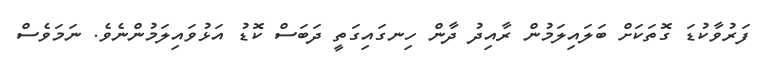
ފަރުވާކުޑަ ގޮތަކަށް ބަލައިލަމުން ރާއިދު ދާން ހިނގައިގަތީ ދަބަސް ކޮޑު އަޅުވައިލަމުންނެވެ. ނަމަވެސް